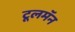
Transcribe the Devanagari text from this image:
टूलमॅन